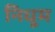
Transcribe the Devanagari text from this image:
निधूम